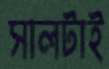
সালটাই